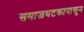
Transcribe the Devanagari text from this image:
समाजघटकापासून